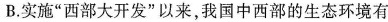
B.实施”西部大开发”以来，我国中西部的生态环境有